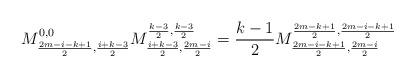
LaTeX: \begin{align*}M^{0,0}_{\frac{2m-i-k+1}{2},\frac{i+k-3}{2}}M^{\frac{k-3}{2},\frac{k-3}{2}}_{\frac{i+k-3}{2},\frac{2m-i}{2}}&=\frac{k-1}{2} M^{\frac{2m-k+1}{2},\frac{2m-i-k+1}{2}}_{\frac{2m-i-k+1}{2},\frac{2m-i}{2}}\end{align*}